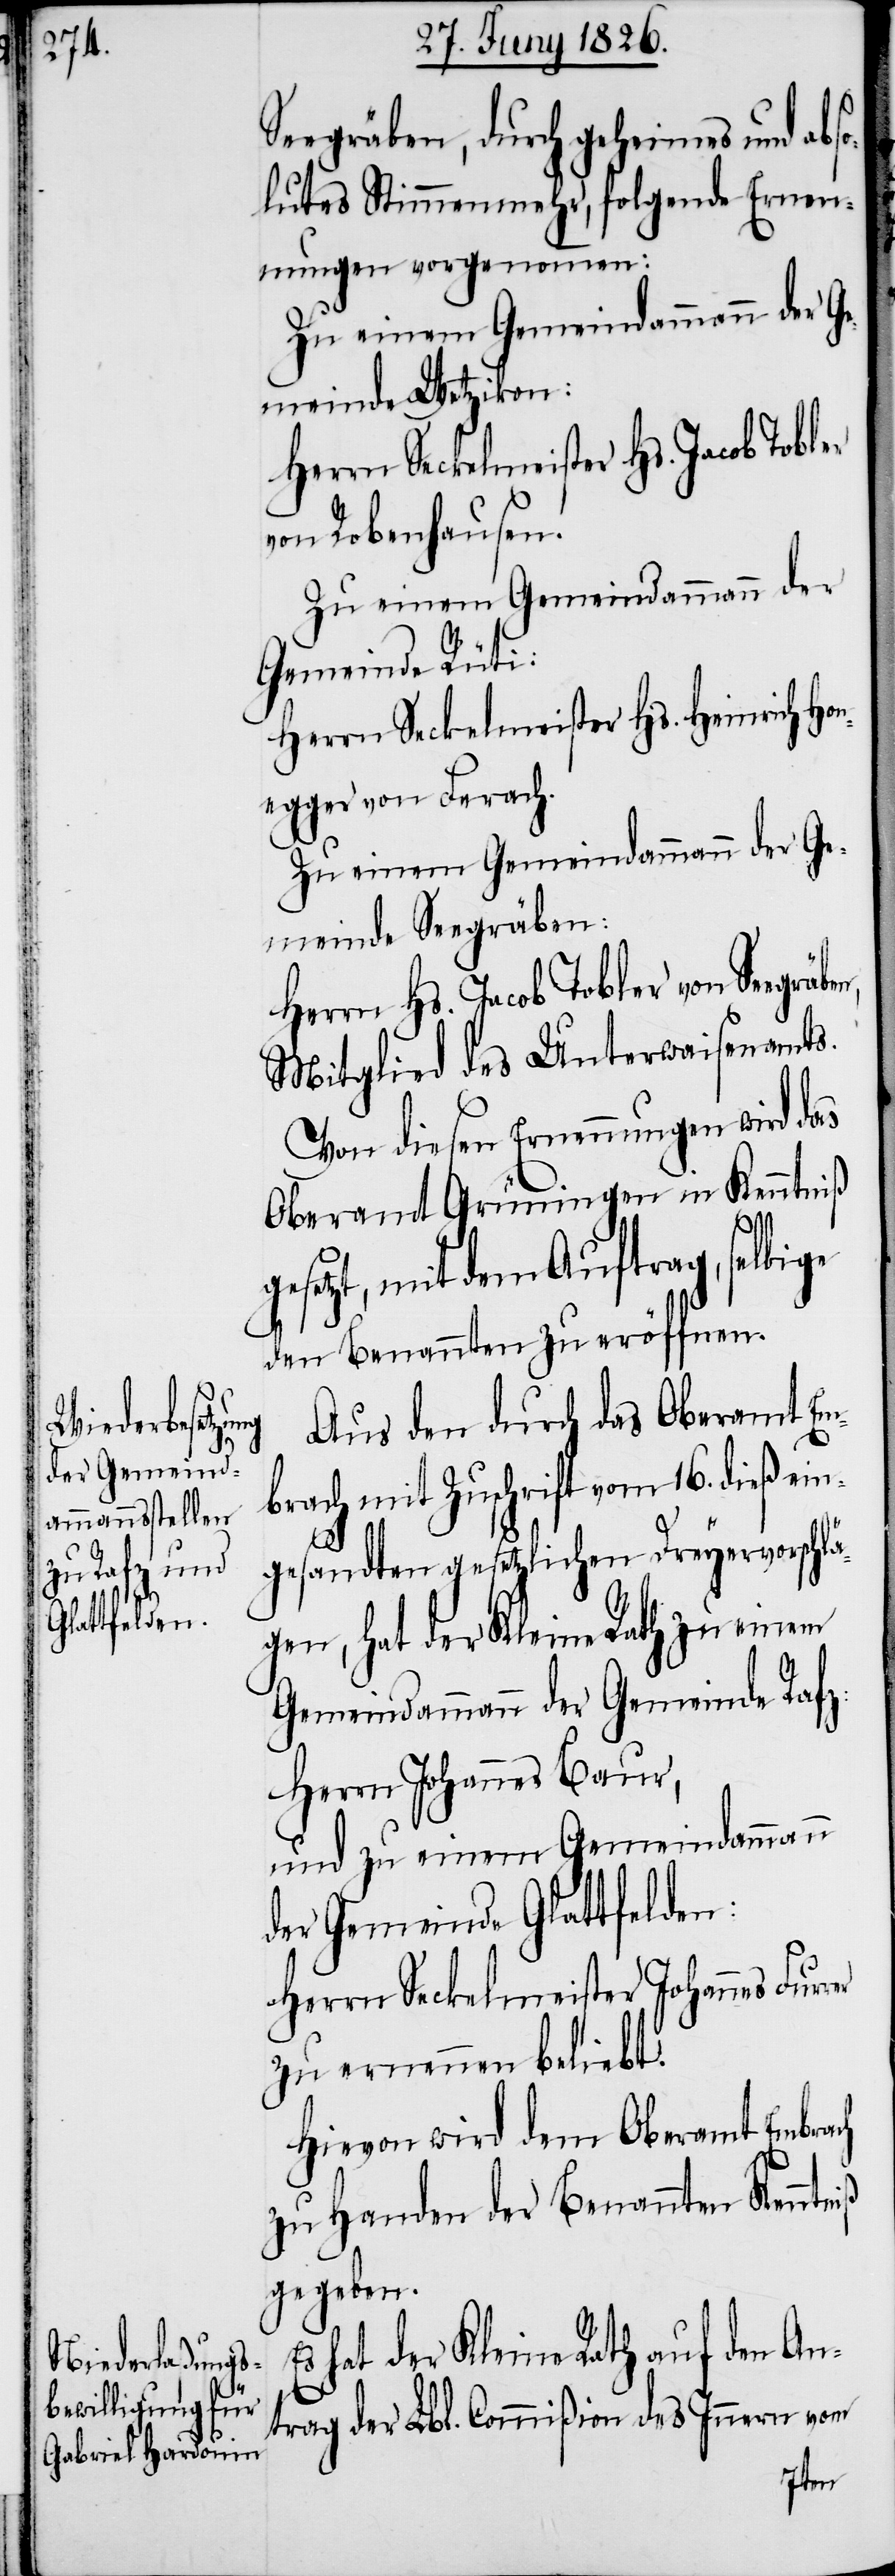
Seegräben, durch geheimes und abso¬
lutes Stimmenmehr, folgende Ernen¬
nungen vorgenommen:
Zu einem Gemeindammann der Ge¬
meinde Wetzikon:
Herrn Seckelmeister Hs. Jacob Tobler
von Robenhausen.
Zu einem Gemeindammann der
Gemeinde Rüti:
Herrn Seckelmeister Hs. Heinrich Ho¬
negger von Ferach.
Zu einem Gemeindammann der Ge¬
meinde Seegräben:
Herrn Hs. Jacob Tobler von Seegr¬
Mitglied des Unterwaisenamts.
Von diesen Ernennungen wird das
Oberamt Grüningen in Kenntniß
g¬
E¬
esetzt, mit dem Auftrag, selbige
den Benannten zu eröffnen.
Aus den durch das Oberamt Em¬
brach mit Zuschrift vom 16. dieß ein¬
iß
gesandten gesetzlichen Dreyervorschlä¬
gen, hat der Kleine Rath zu einem
Gemeindammann der Gemeinde Rafz:
Herrn Johannes Baur,
und zu einem Gemeindammann
der Gemeinde Glattfelden:
Herrn Seckelmeister Johannes Fur¬
zu ernennen beliebt.
Hievon wird dem Oberamt Embrach
zu Handen der Benannten Kenntn¬
gegeben.
s hat der Kleine Rath auf den Ant¬
rag der Lbl. Commißion des Innern vom
äben,